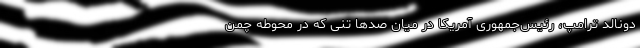
دونالد ترامپ، رئیس‌جمهوری آمریکا در میان صدها تنی که در محوطه چمن